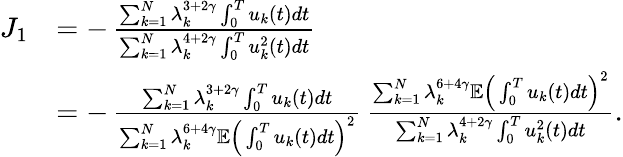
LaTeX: \begin{array}{rl}{J_{1}}&{=-\, \frac{\sum_{k=1}^{N}\lambda_{k}^{3+2\gamma}\int_{0}^{T}u_{k}(t)dt}{\sum_{k=1}^{N}\lambda_{k}^{4+2\gamma}\int_{0}^{T}u_{k}^{2}(t)dt}}\\ &{=-\, \frac{\sum_{k=1}^{N}\lambda_{k}^{3+2\gamma}\int_{0}^{T}u_{k}(t)dt}{\sum_{k=1}^{N}\lambda_{k}^{6+4\gamma}\mathbb E\Big(\int_{0}^{T}u_{k}(t)dt\Big)^{2}}\, \frac{\sum_{k=1}^{N}\lambda_{k}^{6+4\gamma}\mathbb E\Big(\int_{0}^{T}u_{k}(t)dt\Big)^{2}}{\sum_{k=1}^{N}\lambda_{k}^{4+2\gamma}\int_{0}^{T}u_{k}^{2}(t)dt}.}\end{array}